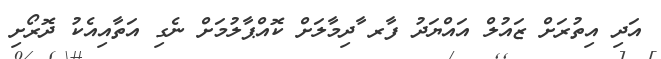
އަދި އިތުރަށް ޒައުލް އައްޔަދު ފާރ ާދިމާލަށް ކޮއްޕާލުމަށް ނެގި އަތާއިއެކު ދޮރޯށި